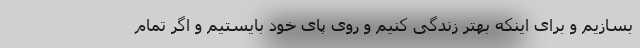
بسازیم و برای اینکه بهتر زندگی کنیم و روی پای خود بایستیم و اگر تمام